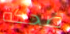
ضحكة